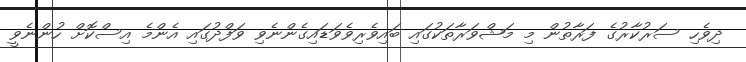
ދިވެހި ސަރުކާރުގެ ފަރާތުން މި މަޝްވަރާތަކުގައި ބައިވެރިވެވަޑައިގެންނެވި ވަފްދުގައި އެންމެ އިސްކޮށް ހުންނެވީ